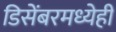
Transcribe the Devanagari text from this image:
डिसेंबरमध्येही